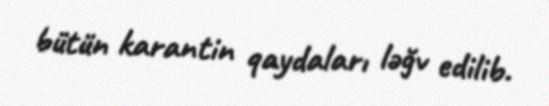
bütün karantin qaydaları ləğv edilib.